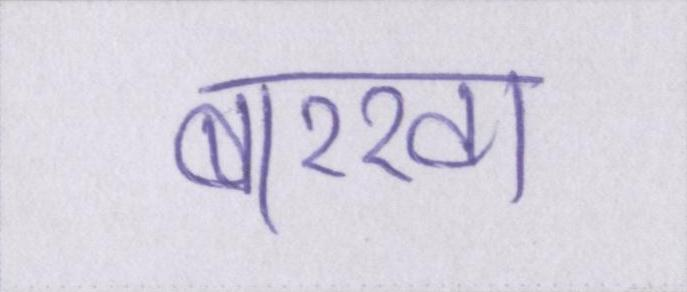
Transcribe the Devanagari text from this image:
बरखा